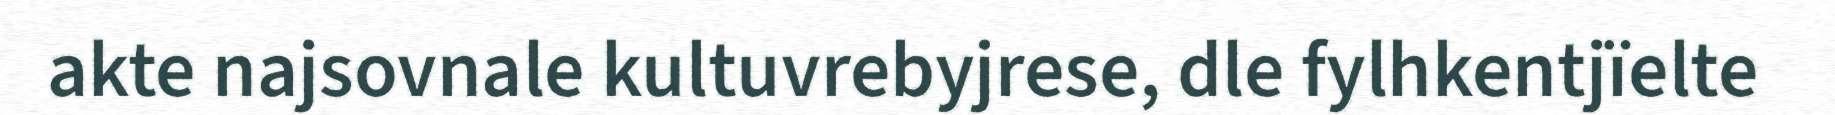
akte najsovnale kultuvrebyjrese, dle fylhkentjïelte